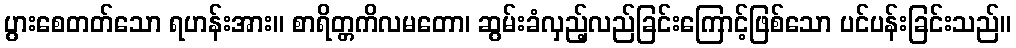
ပွားစေတတ်သော ရဟန်းအား။ စာရိတ္တကိလမတော၊ ဆွမ်းခံလှည့်လည်ခြင်းကြောင့်ဖြစ်သော ပင်ပန်းခြင်းသည်။